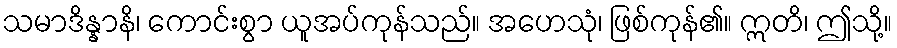
သမာဒိန္နာနိ၊ ကောင်းစွာ ယူအပ်ကုန်သည်။ အဟေသုံ၊ ဖြစ်ကုန်၏။ ဣတိ၊ ဤသို့။